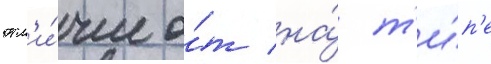
отл'и́чие о́т на́ т'и́п'е